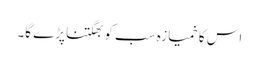
اس کا خمیازہ سب کو بھگتنا پڑے گا۔